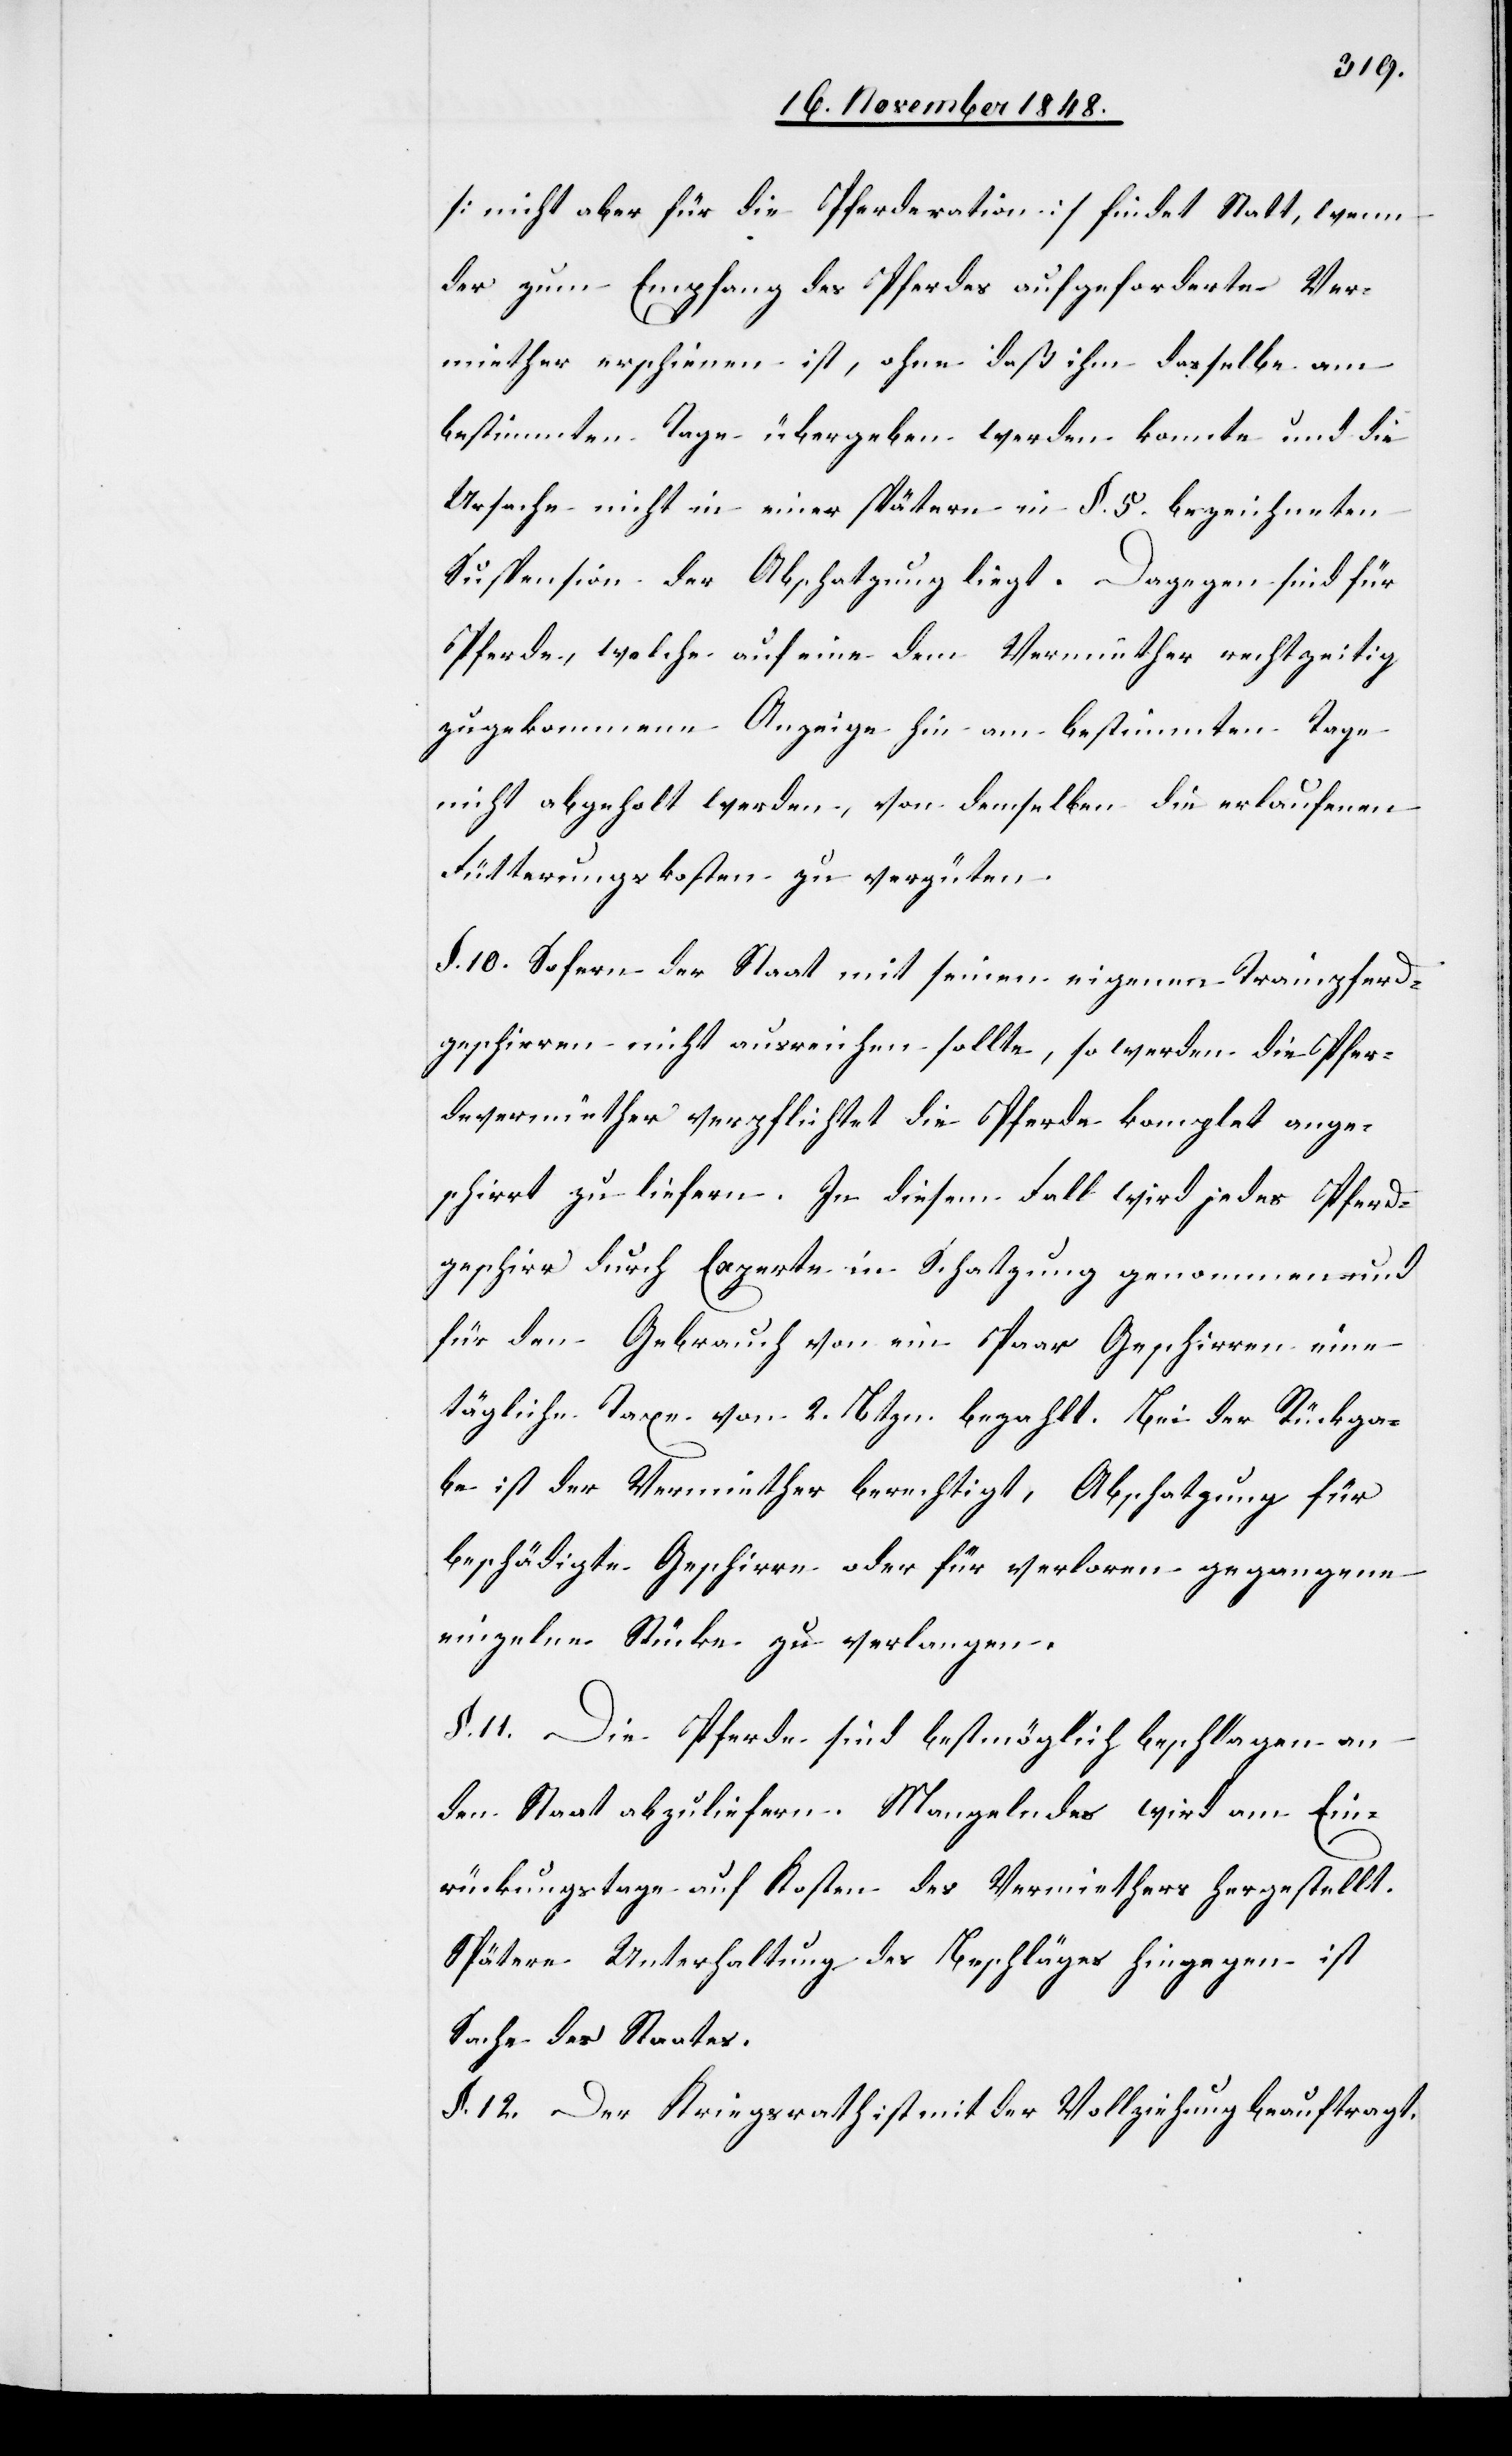
[nicht aber für die Pferderation] findet Statt, wenn
der zum Empfang des Pferdes aufgeforderte Ver¬
miether erschienen ist, ohne daß ihm dasselbe am
bestimmten Tage übergeben werden konnte und die
Ursache nicht in einer spätern in §. 5. bezeichneten
Suspension der Abschatzung liegt. Dagegen sind für
Pferde, welche auf eine dem Vermiether rechtzeitig
zugekommenen Anzeige hin am bestimmten Tage
nicht abgeholt werden, von demselben die erlaufenen
Fütterungskosten zu vergüten.
§. 10. Sofern der Staat mit seinen eigenen Trainpferd¬
geschirren nicht ausreichen sollte, so werden die Pfer¬
devermiether verpflichtet die Pferde komplet ange¬
schirrt zu liefern. In diesem Fall wird jedes Pferd¬
geschirr durch Experte in Schatzung genommen und
für den Gebrauch von ein Paar Geschirren eine
tägliche Taxe von 2. Btzn. bezahlt. Bei der Rückga¬
be ist der Vermiether berechtigt, Abschatzung für
beschädigte Geschirre oder für verloren gegangene
einzelne Stücke zu verlangen.
§. 11. Die Pferde sind bestmöglich beschlagen an
den Staat abzuliefern. Mangelndes wird am Ein¬
rückungstage auf Kosten des Vermiethers hergestellt.
Spätere Unterhaltung des Beschläges hingegen ist
Sache des Staates.
§. 12. Der Kriegsrath ist mit der Vollziehung beauftragt.